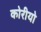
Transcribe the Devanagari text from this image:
कोरीयो